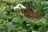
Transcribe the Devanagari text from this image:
शोस